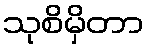
သုစိမှိတာ